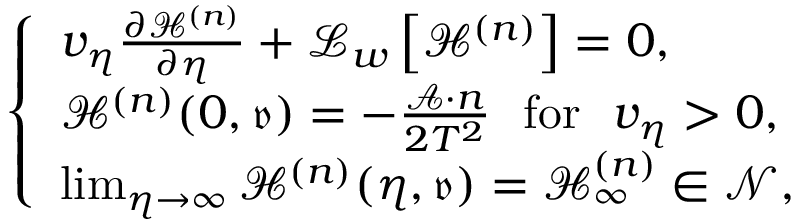
\begin{array} { r } { \left\{ \begin{array} { l } { v _ { \eta } \frac { \partial \mathcal { H } ^ { ( n ) } } { \partial \eta } + \mathcal { L } _ { w } \left[ \mathcal { H } ^ { ( n ) } \right] = 0 , } \\ { \mathcal { H } ^ { ( n ) } ( 0 , { \mathfrak { v } } ) = - \frac { \mathscr { A } \cdot n } { 2 T ^ { 2 } } \ \ \mathrm { f o r } \ \ v _ { \eta } > 0 , } \\ { \operatorname* { l i m } _ { \eta \rightarrow \infty } \mathcal { H } ^ { ( n ) } ( \eta , { \mathfrak { v } } ) = \mathcal { H } _ { \infty } ^ { ( n ) } \in \mathcal { N } , } \end{array} \right. } \end{array}